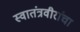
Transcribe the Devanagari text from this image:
स्वातंत्रवीरांचा